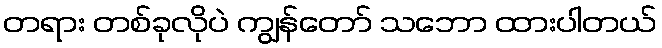
တရား တစ်ခုလိုပဲ ကျွန်တော် သဘော ထားပါတယ်